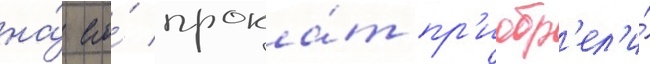
на́ его́ прока́т пр'иобр'ел'и́